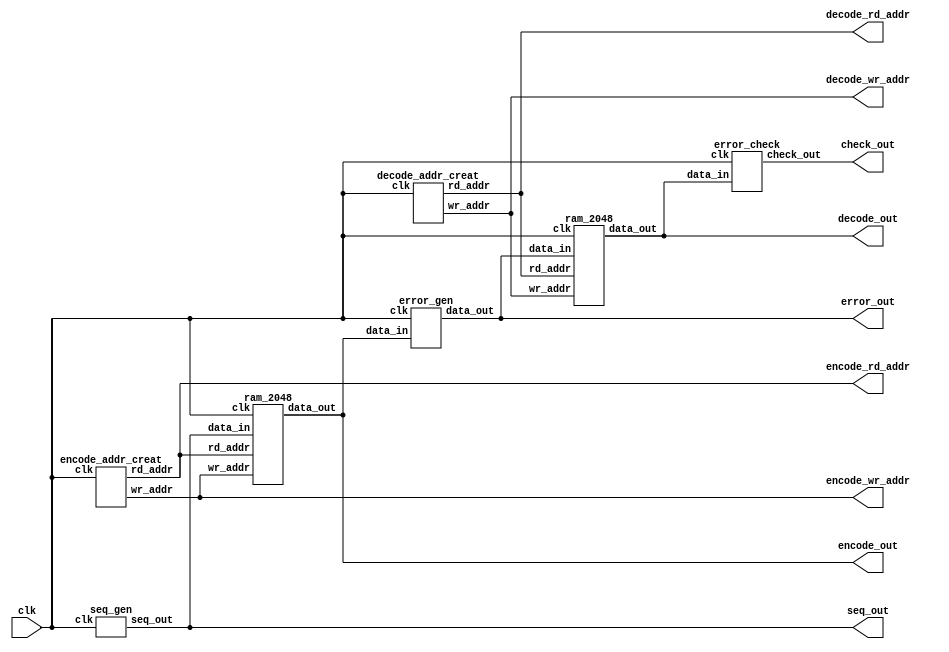

module interleaver(clk,seq_out,encode_wr_addr,encode_rd_addr,encode_out,error_out,decode_wr_addr,decode_rd_addr,decode_out,check_out);

input clk;
output [11:0] seq_out;
output [11:0] encode_wr_addr;
output [11:0] encode_rd_addr;
output [11:0] encode_out;

output [11:0] error_out;

output [11:0] decode_wr_addr;
output [11:0] decode_rd_addr;
output [11:0] decode_out;

output check_out;

seq_gen seq_gen(
		          .clk(clk),
		          .seq_out(seq_out)	
		          );
 
encode_addr_creat encode_addr(
	         	               .clk(clk),
		                        .wr_addr(encode_wr_addr),
		                        .rd_addr(encode_rd_addr)
		                        );

ram_2048 ram_2048_1(
	                 .clk(clk),
	                 .data_in(seq_out),
	                 .wr_addr(encode_wr_addr),
	                 .rd_addr(encode_rd_addr),
	                 .data_out(encode_out)
	                 );
error_gen error_gen(
			.clk(clk),
			.data_in(encode_out),
			.data_out(error_out)
			);
			
decode_addr_creat decode_addr(
	                         	.clk(clk),
		                        .wr_addr(decode_wr_addr),
		                        .rd_addr(decode_rd_addr)
		                        );

ram_2048 ram_2048_2(
	                 .clk(clk),
	                 .data_in(error_out),
	                 .wr_addr(decode_wr_addr),
	                 .rd_addr(decode_rd_addr),
	                 .data_out(decode_out)
	                 );
						  
error_check error_check(
							.clk(clk),
							.data_in(decode_out),
							.check_out(check_out)
							);

endmodule


module seq_gen(clk,seq_out);

input clk;
output [11:0] seq_out;
reg [11:0] seq_out;
initial seq_out='d0;

always@(posedge clk)
begin
	if(seq_out =='d280)
		seq_out <='d1;
	else
		seq_out <=seq_out +1;
end
endmodule  

//encode address creat
//wr_addr:write address
//rd_addr:read address
//clk:clock
module encode_addr_creat(clk,wr_addr,rd_addr);

input clk;
output [11:0] wr_addr;
output [11:0] rd_addr;

reg [3:0] count ;
reg [10:0] count_num;
reg [10:0]bi;
reg [10:0]bn;
reg [10:0]an;
reg [10:0]ai;
reg [10:0] a1;
reg [10:0] a2;
reg [10:0] a3;
reg [10:0] a4;
reg [10:0] a5;
reg [10:0] a6;
reg [10:0] a7;
reg [10:0] row;
reg [10:0] column;

initial count=1;
initial count_num=0;
initial a1=0;
initial a2=0;
initial a3=0;
initial a4=0;
initial a5=0;
initial a6=0;
initial a7=0;
initial row=0;
initial column=0;

//always@(posedge clk)
//begin
	//if(count==6'd7)
	//	count<=1;
//end

always@(posedge clk)
begin
	case (count)
		'd1 : begin bi<='d1;bn<='d0;          //
				 if(a1=='d40) begin
				 count<=2;
				 a1<='d0;
				 end
				 else begin
				 a1<=a1+1;
				 ai<=a1;
				 end
				 
				 end    
		'd2 : begin bi<='d2;bn<='d35;        //
             if(a2=='d40)begin
				 count<=3;
				 a2<='d0;
				 end
             else begin
				 a2<=a2+1;	
				 ai<=a2;
				 end
				 
             end
		'd3 : begin bi<='d3;bn<='d77;        //
             if(a3=='d40) begin
				 count<=4;
				 a3<='d0;
				 end 
             else begin
				 a3<=a3+1;
				 ai<=a3;
				 end
				 
             end	
		'd4 : begin bi<='d4;bn<='d119;       //
             if(a4=='d40) begin
				 count<=5;
				 a4<='d0;
				 end 
             else begin
				 a4<=a4+1;
				 ai<=a4;
             end
				 end
		'd5 : begin bi<='d5;bn<='d154;       //
             if(a5=='d40) begin
				 count<=6;
				 a5<='d0;
				 end 
             else begin
				 a5<=a5+1;
				 ai<=a5;
             end
				 end
		'd6 : begin bi<='d6;bn<='d196;      //
             if(a6=='d40) begin
				 count<=7;
				 a6<='d0;
				 end 
             else begin
				 a6<=a6+1;
				 ai<=a6;
             end
				 
				 end
		'd7 : begin bi<='d7;bn<='d238;      //
             if(a7=='d40) begin
				 count<=1;
				 a7<='d0;
				 end 
             else begin
				 a7<=a7+1; 
				 ai<=a7;
             end
				 end
	endcase
	
	
	
	if(count_num<279)
		count_num<=count_num+1;
	else
		count_num<=0;
	
	
	an=count_num;
	
	
//	an<=(bi-1)*40+ai;
	
	
//	if(count_num=='d41)begin
//		an <='d39;end
//	if(count_num=='d81)begin
//		an <='d79;end
//	if(count_num=='d121)begin
//		an <='d119;end
//	if(count_num=='d161)begin
//		an <='d159;end
//	if(count_num=='d201)begin
//		an <='d199;end
//	if(count_num=='d241)begin
//		an <='d239;end
//	if(count_num=='d280)begin
//		an <='d279;end
	
	 
		 if(an<'d7) begin
		 row='d0;
		 column=an;end
		 if(an<'d14&&an>='d7)begin
		 row='d1;
		 column=an-row*7;end
		 if(an<'d21&&an>='d14)begin
		 row='d2;
		 column=an-row*7;end
		 if(an<'d28&&an>='d21)begin
		 row='d3;
		 column=an-row*7;end
		 if(an<'d35&&an>='d28)begin
		 row='d4;
		 column=an-row*7;end
		 if(an<'d42&&an>='d35)begin
		 row='d5;
		 column=an-row*7;end
		 if(an<'d49&&an>='d42)begin
		 row='d6;
		 column=an-row*7;end
		 if(an<'d56&&an>='d49)begin
		 row='d7;
		 column=an-row*7;end
		 if(an<'d63&&an>='d56)begin
		 row='d8;
		 column=an-row*7;end
		 if(an<'d70&&an>='d63)begin
		 row='d9;
		 column=an-row*7;end
		 if(an<'d77&&an>='d70)begin
		 row='d10;
		 column=an-row*7;end
		 if(an<'d84&&an>='d77)begin
		 row='d11;
		 column=an-row*7;end
		 if(an<'d91&&an>='d84)begin
		 row='d12;
		 column=an-row*7;end
		 if(an<'d98&&an>='d91)begin
		 row='d13;
		 column=an-row*7;end
		 if(an<'d105&&an>='d98)begin
		 row='d14;
		 column=an-row*7;end
		 if(an<'d112&&an>='d105)begin
		 row='d15;
		 column=an-row*7;end
		 if(an<'d119&&an>='d112)begin
		 row='d16;
		 column=an-row*7;end
		 if(an<'d126&&an>='d119)begin
		 row='d17;
		 column=an-row*7;end
		 if(an<'d133&&an>='d126)begin
		 row='d18;
		 column=an-row*7;end
		 if(an<'d140&&an>='d133)begin
		 row='d19;
		 column=an-row*7;end
		 if(an<'d147&&an>='d140)begin
		 row='d20;
		 column=an-row*7;end
		 if(an<'d154&&an>='d147)begin
		 row='d21;
		 column=an-row*7;end
		 if(an<'d161&&an>='d154)begin
		 row='d22;
		 column=an-row*7;end
		 if(an<'d168&&an>='d161)begin
		 row='d23;
		 column=an-row*7;end
		 if(an<'d175&&an>='d168)begin
		 row='d24;
		 column=an-row*7;end
		 if(an<'d182&&an>='d175)begin
		 row='d25;
		 column=an-row*7;end
		 if(an<'d189&&an>='d182)begin
		 row='d26;
		 column=an-row*7;end
		 if(an<'d196&&an>='d189)begin
		 row='d27;
		 column=an-row*7;end
		 if(an<'d1203&&an>='d196)begin
		 row='d28;
		 column=an-row*7;end
		 if(an<'d210&&an>='d203)begin
		 row='d29;
		 column=an-row*7;end
		 if(an<'d217&&an>='d210)begin
		 row='d30;
		 column=an-row*7;end
		 if(an<'d224&&an>='d217)begin
		 row='d31;
		 column=an-row*7;end
		 if(an<'d231&&an>='d224)begin
		 row='d32;
		 column=an-row*7;end
		 if(an<'d238&&an>='d231)begin
		 row='d33;
		 column=an-row*7;end
		 if(an<'d245&&an>='d238)begin
		 row='d34;
		 column=an-row*7;end
		 if(an<'d252&&an>='d245)begin
		 row='d35;
		 column=an-row*7;end
		 if(an<'d259&&an>='d252)begin
		 row='d36;
		 column=an-row*7;end
		 if(an<'d266&&an>='d259)begin
		 row='d37;
		 column=an-row*7;end
		 if(an<'d273&&an>='d266)begin
		 row='d38;
		 column=an-row*7;end
		 if(an>='d273)begin
		 row='d39;
		 column=an-row*7;end
	
end

assign wr_addr=an;

assign rd_addr=column*40+row;

endmodule  


module ram_2048(clk,data_in,wr_addr,rd_addr,data_out);

input clk;
input [11:0] data_in;
input [11:0] wr_addr;
input [11:0] rd_addr;
output [11:0] data_out;

reg [11:0] wr_addr_t;
reg [11:0] mem [2047:0]; 
reg [11:0] data_out;

always@(posedge clk)
begin

	if(wr_addr==rd_addr)
		data_out <=data_in;
	else
	   begin
      mem[wr_addr]<=data_in;
		data_out <=mem[rd_addr];	
	   end
end
endmodule





module error_gen(clk,data_in,data_out);
input clk;
input [11:0] data_in;

//reg [11:0] data;
output [11:0] data_out;

reg [10:0] count_num;
reg [11:0] data_out;
initial count_num=0;
always@(posedge clk)
begin
	if(count_num<279)
		count_num<=count_num+1;
	else
		count_num<=0;
	
	if (count_num>10&&count_num<=20)
	    data_out<=data_in+'d300;
	 else
		 data_out<=data_in;
		 

end
endmodule  




module error_check(clk,data_in,check_out);

input clk;
input [11:0] data_in;

//reg [11:0] data;
output check_out;

reg check_out;
initial check_out=0;

always@(posedge clk)
begin
	if(data_in>280)
		check_out<='d1;
	else
		check_out<='d0;
	
end

endmodule  





//wr_addr:write address
//rd_addr:read address
//clk:clock

module decode_addr_creat(clk,wr_addr,rd_addr);

input clk;
output [11:0] wr_addr;
output [11:0] rd_addr;

reg [3:0] count;
reg [10:0] count_num;
reg [10:0] bi;
reg [10:0] an;
reg [10:0] ai;
reg [10:0] a1;
reg [10:0] a2;
reg [10:0] a3;
reg [10:0] a4;
reg [10:0] a5;
reg [10:0] a6;
reg [10:0] a7;
reg [10:0] row;
reg [10:0] column;


initial count=1;
initial count_num=0;
initial a1=0;
initial a2=0;
initial a3=0;
initial a4=0;
initial a5=0;
initial a6=0;
initial a7=0;
initial row=0;
initial column=0;

//always@(posedge clk)
//begin
//	if(count==4'd7)
//		count<=1;
//  else
//		count<=count+1;
//end

always@(posedge clk)
begin
//	case(count)
//		4'd1 :begin bi<='d7; an<=8'd241;     //
//             if(a1=='d39) begin
//				 count<=2;
//				 a1<='d0;
//				 end 
//             else begin
//				 a1<=a1+1; 
//				 ai<=a1;
//             end
//				 end
//		4'd2 : begin bi<='d6; an<=8'd201;      //
//             if(a2=='d39) begin
//				 count<=3;
//				 a2<='d0;
//				 end 
//             else begin
//				 a2<=a2+1;
//				 ai<=a2;
//             end
//				 end
//		4'd3 : begin bi<='d5; an<=8'd161;      //
//             if(a3=='d39) begin
//				 count<=4;
//				 a3<='d0;
//				 end 
//             else begin
//				 a3<=a3+1;
//				 ai<=a3;
//             end
//				 end
//		4'd4 : begin bi<='d4; an<=8'd121;      //
//             if(a4=='d39) begin
//				 count<=5;
//				 a4<='d0;
//				 end 
//             else begin
//				 a4<=a4+1;
//				 ai<=a4;
//             end
//				 end
//		4'd5 : begin bi<='d3; an<=8'd81;       //
//             if(a5=='d39) begin
//				 count<=6;
//				 a5<='d0;
//				 end 
//             else begin
//				 a5<=a5+1;
//				 ai<=a5;
//				 end
//             end	
//		4'd6 : begin bi<='d2;an<=8'd41;        //
//             if(a6=='d39)begin
//				 count<=7;
//				 a6<='d0;
//				 end
//             else begin
//				 a6<=a6+1;	
//				 ai<=a6;
//				 end
//             end
//		4'd7 : begin bi<='d1; an<='d1;         //
//				 if(a7=='d39) begin
//				 count<=1;
//				 a7<='d0;
//				 end
//				 else begin
//				 a7<=a7+1;
//				 ai<=a7;
//				 end
//				 end 
//	endcase


	if(count_num<279)
		count_num<=count_num+1;
	else
		count_num<=0;

	an=count_num;

	
	 if(an<'d7) begin
		 row='d0;
		 column=an;end
		 if(an<'d14&&an>='d7)begin
		 row='d1;
		 column=an-row*7;end
		 if(an<'d21&&an>='d14)begin
		 row='d2;
		 column=an-row*7;end
		 if(an<'d28&&an>='d21)begin
		 row='d3;
		 column=an-row*7;end
		 if(an<'d35&&an>='d28)begin
		 row='d4;
		 column=an-row*7;end
		 if(an<'d42&&an>='d35)begin
		 row='d5;
		 column=an-row*7;end
		 if(an<'d49&&an>='d42)begin
		 row='d6;
		 column=an-row*7;end
		 if(an<'d56&&an>='d49)begin
		 row='d7;
		 column=an-row*7;end
		 if(an<'d63&&an>='d56)begin
		 row='d8;
		 column=an-row*7;end
		 if(an<'d70&&an>='d63)begin
		 row='d9;
		 column=an-row*7;end
		 if(an<'d77&&an>='d70)begin
		 row='d10;
		 column=an-row*7;end
		 if(an<'d84&&an>='d77)begin
		 row='d11;
		 column=an-row*7;end
		 if(an<'d91&&an>='d84)begin
		 row='d12;
		 column=an-row*7;end
		 if(an<'d98&&an>='d91)begin
		 row='d13;
		 column=an-row*7;end
		 if(an<'d105&&an>='d98)begin
		 row='d14;
		 column=an-row*7;end
		 if(an<'d112&&an>='d105)begin
		 row='d15;
		 column=an-row*7;end
		 if(an<'d119&&an>='d112)begin
		 row='d16;
		 column=an-row*7;end
		 if(an<'d126&&an>='d119)begin
		 row='d17;
		 column=an-row*7;end
		 if(an<'d133&&an>='d126)begin
		 row='d18;
		 column=an-row*7;end
		 if(an<'d140&&an>='d133)begin
		 row='d19;
		 column=an-row*7;end
		 if(an<'d147&&an>='d140)begin
		 row='d20;
		 column=an-row*7;end
		 if(an<'d154&&an>='d147)begin
		 row='d21;
		 column=an-row*7;end
		 if(an<'d161&&an>='d154)begin
		 row='d22;
		 column=an-row*7;end
		 if(an<'d168&&an>='d161)begin
		 row='d23;
		 column=an-row*7;end
		 if(an<'d175&&an>='d168)begin
		 row='d24;
		 column=an-row*7;end
		 if(an<'d182&&an>='d175)begin
		 row='d25;
		 column=an-row*7;end
		 if(an<'d189&&an>='d182)begin
		 row='d26;
		 column=an-row*7;end
		 if(an<'d196&&an>='d189)begin
		 row='d27;
		 column=an-row*7;end
		 if(an<'d1203&&an>='d196)begin
		 row='d28;
		 column=an-row*7;end
		 if(an<'d210&&an>='d203)begin
		 row='d29;
		 column=an-row*7;end
		 if(an<'d217&&an>='d210)begin
		 row='d30;
		 column=an-row*7;end
		 if(an<'d224&&an>='d217)begin
		 row='d31;
		 column=an-row*7;end
		 if(an<'d231&&an>='d224)begin
		 row='d32;
		 column=an-row*7;end
		 if(an<'d238&&an>='d231)begin
		 row='d33;
		 column=an-row*7;end
		 if(an<'d245&&an>='d238)begin
		 row='d34;
		 column=an-row*7;end
		 if(an<'d252&&an>='d245)begin
		 row='d35;
		 column=an-row*7;end
		 if(an<'d259&&an>='d252)begin
		 row='d36;
		 column=an-row*7;end
		 if(an<'d266&&an>='d259)begin
		 row='d37;
		 column=an-row*7;end
		 if(an<'d273&&an>='d266)begin
		 row='d38;
		 column=an-row*7;end
		 if(an>='d273)begin
		 row='d39;
		 column=an-row*7;end


end

assign wr_addr=column*40+row;
assign rd_addr=an;

endmodule